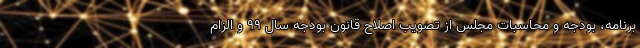
برنامه، بودجه و محاسبات مجلس از تصویب اصلاح قانون بودجه سال ٩٩ و الزام